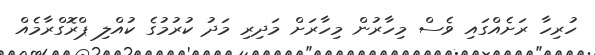
ހުރިހާ ރަށެއްގައި ވެސް މިހާރުން މިހާރަށް މަދިރި މަދު ކުރުމުގެ ކުއްލި ޕްރޮގްރާމެއް